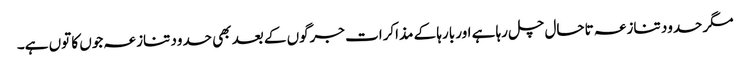
مگر حدود تنازعہ تاحال چل رہا ہے اور بارہا کے مذاکرات جرگوں کے بعد بھی حدود تنازعہ جوں کا توں ہے۔